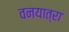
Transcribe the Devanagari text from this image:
वनयात्रा